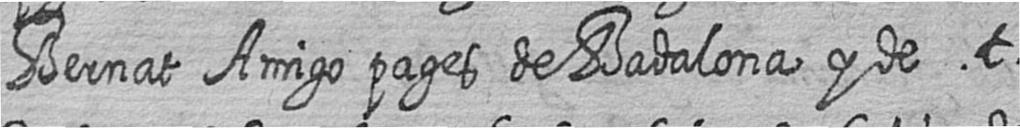
Bernat Amigo pages de Badalona y de t